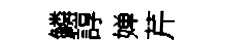
鱗諄婵芹